Vaccination in Bombay 1874-1876 - 1874-1876
Year: 1874
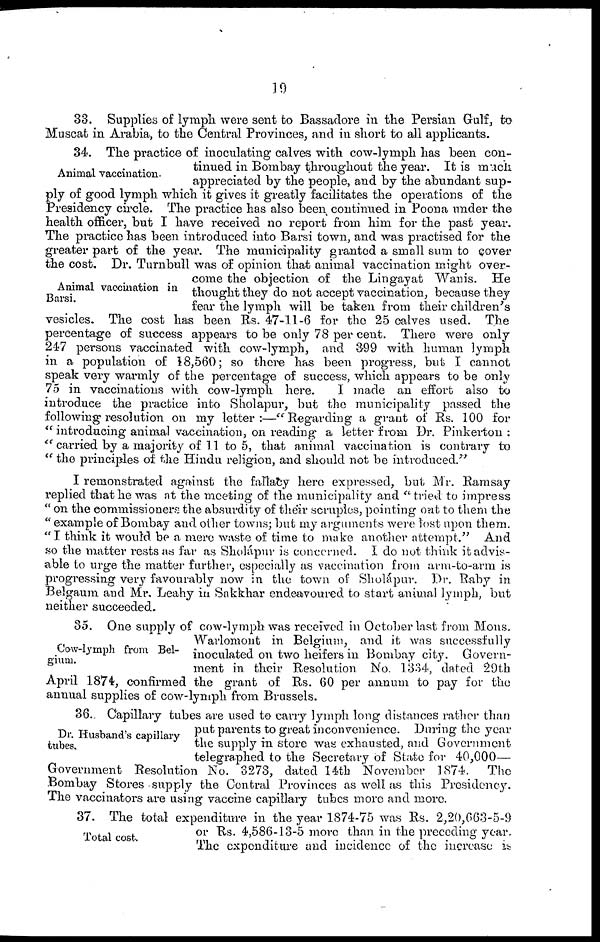
19
33. Supplies of lymph were sent to Bassadore in the Persian Gulf, to
Muscat in Arabia, to the Central Provinces, and in short to all applicants.
Animal vaccination.
Animal vaccination in
Barsi.
34. The practice of inoculating calves with cow-lymph has been con-
tinued in Bombay throughout the year. It is much
appreciated by the people, and by the abundant sup-
ply of good lymph which it gives it greatly facilitates the operations of the
Presidency circle. The practice has also been continued in Poona under the
health officer, but I have received no report from him for the past year.
The practice has been introduced into Barsi town, and was practised for the
greater part of the year. The municipality granted a small sum to cover
the cost. Dr. Turnbull was of opinion that animal vaccination might over-
come the objection of the Lingayat Wanis. He
thought they do not accept vaccination, because they
fear the lymph will be taken from their children's
vesicles. The cost has been Rs. 47-11-6 for the 25 calves used. The
percentage of success appears to be only 78 per cent. There were only
247 persons vaccinated with cow-lymph, and 399 with human lymph
in a population of 18,560; so there has been progress, but I cannot
speak very warmly of the percentage of success, which appears to be only
75 in vaccinations with cow-lymph here.
I made an effort also to
introduce the practice into Sholapur, but the municipality passed the
following resolution on my letter:—"Regarding a grant of Rs. 100 for
" introducing animal vaccination, on reading a letter from Dr. Pinkerton :
" carried by a majority of 11 to 5, that animal vaccination is contrary to
" the principles of the Hindu religion, and should not be introduced."
I remonstrated against the fallacy here expressed, but Mr. Ramsay
replied that he was at the meeting of the municipality and "tried to impress
" on the commissioners the absurdity of their scruples, pointing out to them the
" example of Bombay and other towns; but my arguments were lost upon them.
" I think it would be a mere waste of time to make another attempt." And
so the matter rests as far as Sholápur is concerned. I do not think it advis-
able to urge the matter further, especially as vaccination from arm-to-arm is
progressing very favourably now in the town of Sholápur. Dr. Raby in
Belgaum and Mr. Leahy in Sakkhar endeavoured to start animal lymph, but
neither succeeded.
Cow-lymph from Bel-
gium.
35. One supply of cow-lymph was received in October last from Mons.
Warlomont in Belgium, and it was successfully
inoculated on two heifers in Bombay city. Govern-
ment in their Resolution No. 1334, dated 29th
April 1874, confirmed the grant of Rs. 60 per annum to pay for the
annual supplies of cow-lymph from Brussels.
Dr. Husband's capillary
tubes.
36.. Capillary tubes are used to carry lymph long distances rather than
put parents to great inconvenience. During the year
the supply in store was exhausted, and Government
telegraphed to the Secretary of State for 40,000—
Government Resolution No. 3273, dated 14th November 1874. The
Bombay Stores -supply the Central Provinces as well as this Presidency.
The vaccinators are using vaccine capillary tubes more and more.
Total cost.
37. The total expenditure in the year 1874-75 was Rs. 2,20,663-5-9
or Rs. 4,586-13-5 more than in the preceding year.
The expenditure and incidence of the increase is